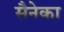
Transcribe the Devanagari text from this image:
सैनेका